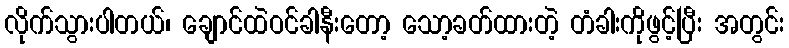
လိုက်သွားပါတယ်၊ ချောင်ထဲဝင်ခါနီးတော့ သော့ခတ်ထားတဲ့ တံခါးကိုဖွင့်ပြီး အတွင်း